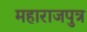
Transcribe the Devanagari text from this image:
महाराजपुत्र